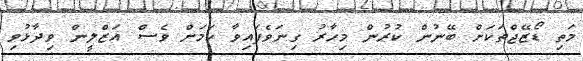
މަތި ޑޯޒޭޖްތަކަށް ބޭނުން ކުރުން މިހާރު ގިނަވެފައިވާ ކަމަށް ވެސް އަޒްލީން ވިދާޅުވި